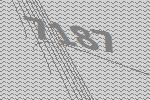
7187